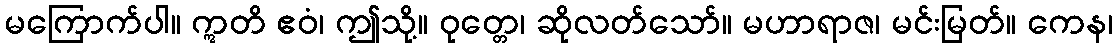
မကြောက်ပါ။ ဣတိ ဧဝံ၊ ဤသို့။ ဝုတ္တေ၊ ဆိုလတ်သော်။ မဟာရာဇ၊ မင်းမြတ်။ ကေန၊